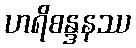
ဟရိစန္ဒနဿ